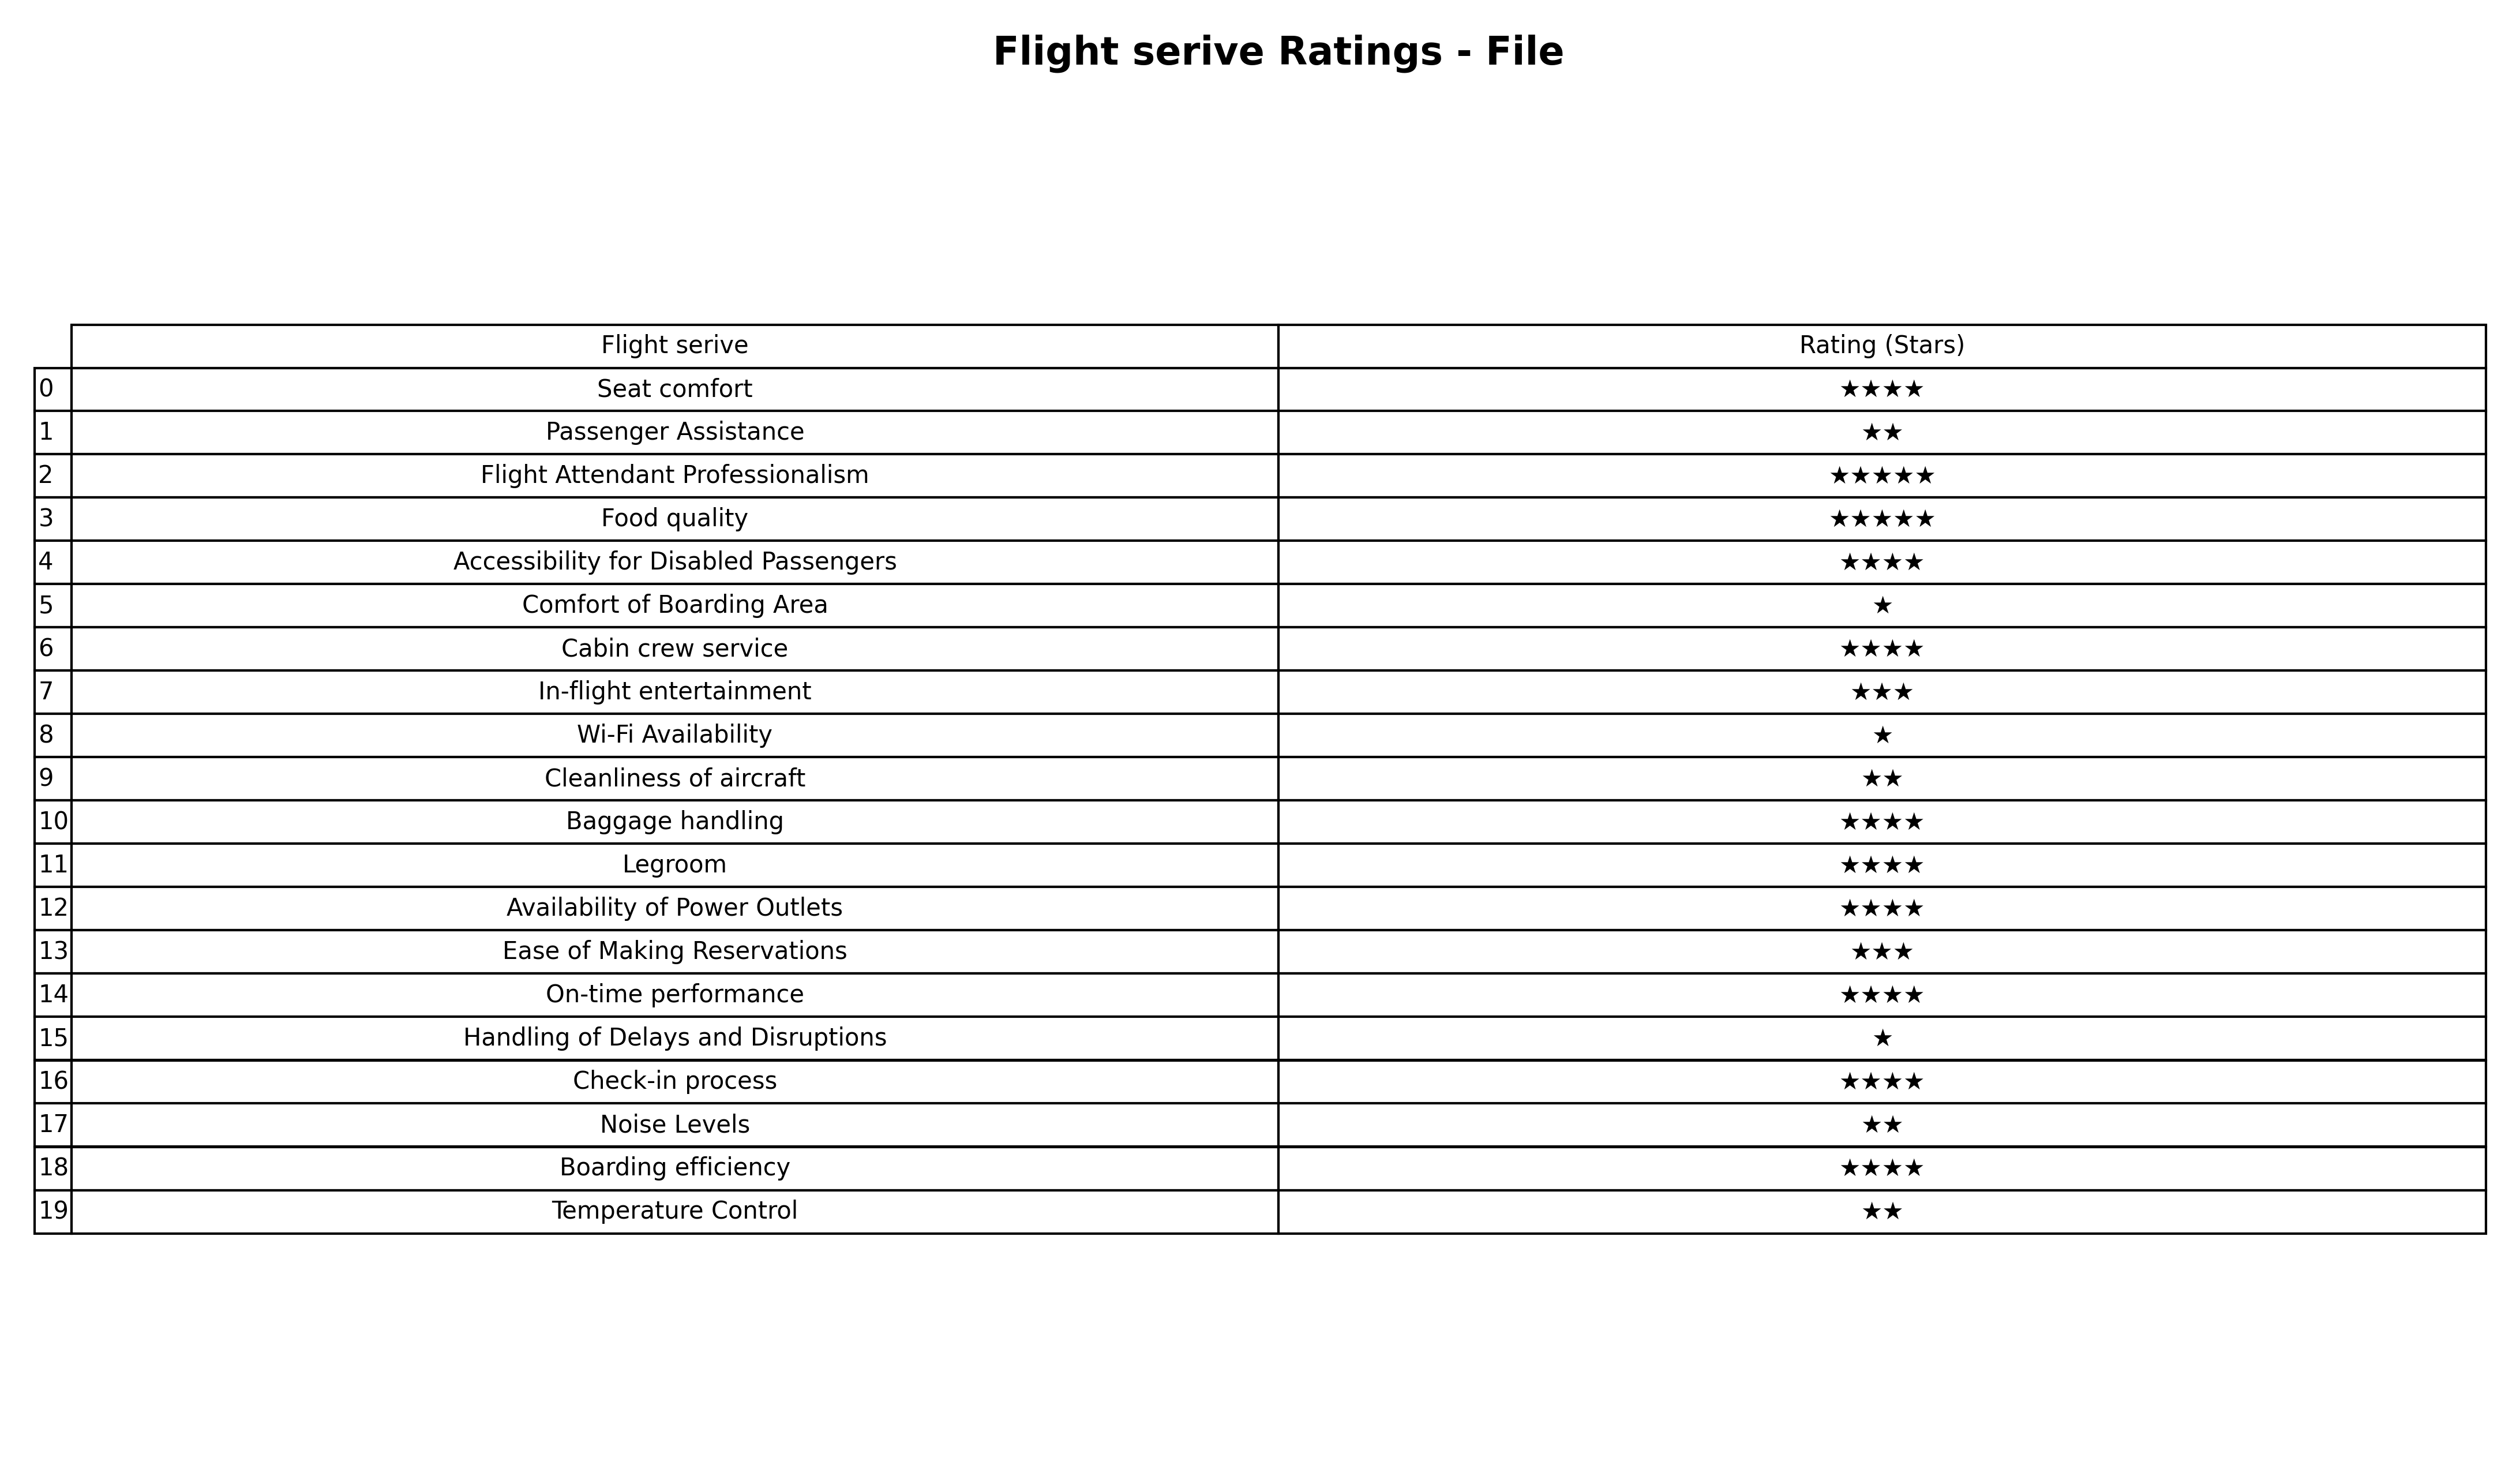
question: What are lowest rating services?
answer: Flight Attendant ProfessionalismFood quality